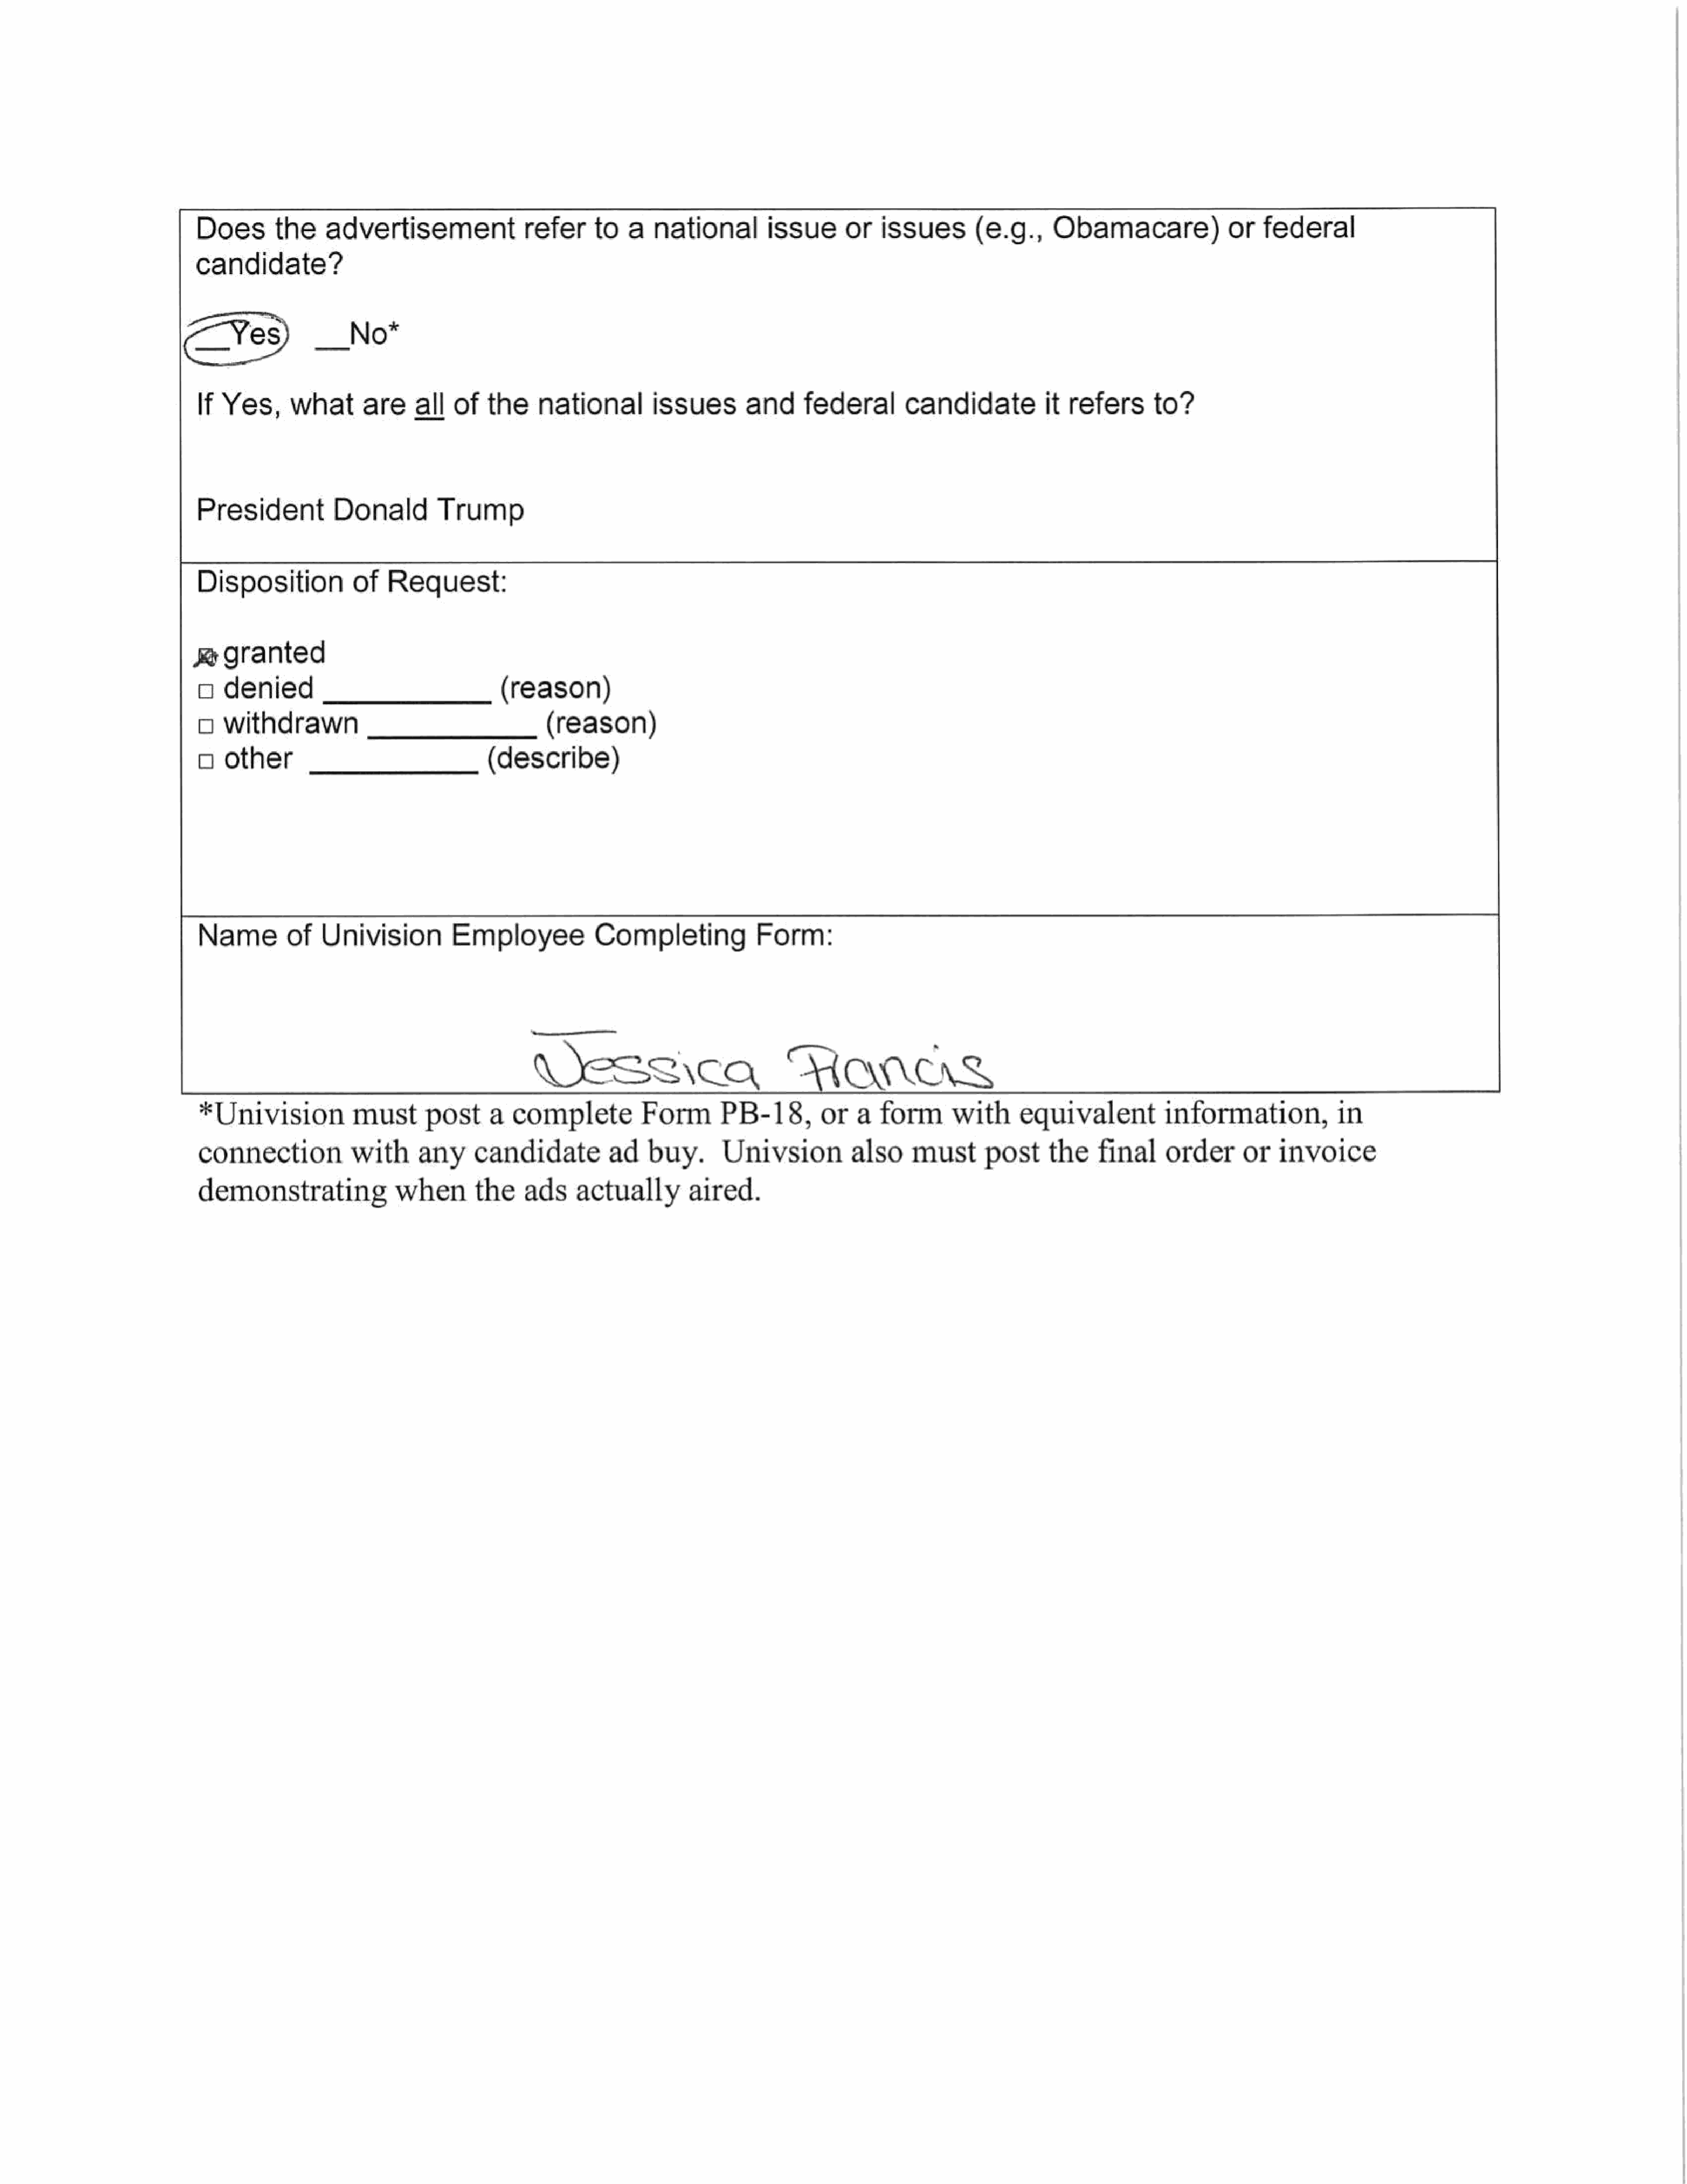
Does       the     advertisementrefer                    to   a   national        issue      or   issues       (e.g.,      Obamacare)            or      federal
 candidate?
 es            No*
 If  Yes,      what      are    all   of   the    national        issues        and     federal       candidateit             refers      to?
 President           Donald         Trump
 Disposition            of   Request:
 se  granted
 a   denied                                  (reason)
 o   withdrawn                                     (reason)
 oc  other                                 (describe)
 Name    of       Univision          Employee            Completing             Form:
 VUCsaArca                            Hands
 *Univision            must      post     a  complete           Form       PB-18,        or    a  form      with      equivalent           information,            in
 connection            with      any     candidate          ad    buy.      Univsion           also    mustpost            the    final     order      or   invoice
 demonstrating               when        the    ads    actually        aired.